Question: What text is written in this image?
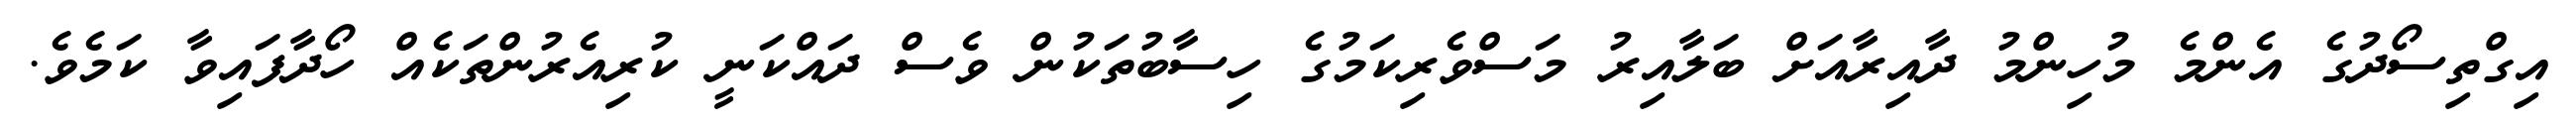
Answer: އިގްތިސޯދުގެ އެންމެ މުހިންމު ދާއިރާއަށް ބަލާއިރު މަސްވެރިކަމުގެ ހިސާބުތަކުން ވެސް ދައްކަނީ ކުރިއެރުންތަކެއް ހޯދާފައިވާ ކަމެވެ.